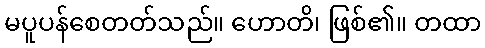
မပူပန်စေတတ်သည်။ ဟောတိ၊ ဖြစ်၏။ တထာ